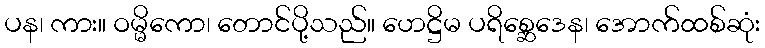
ပန၊ ကား။ ဝမ္မိကော၊ တောင်ပို့သည်။ ဟေဋ္ဌိမ ပရိစ္ဆေဒေန၊ အောက်ထစ်ဆုံး